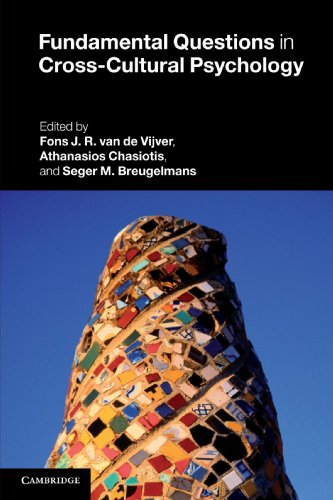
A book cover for Fundamental Questions in Cross-Cultural Psychology; Medical Books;